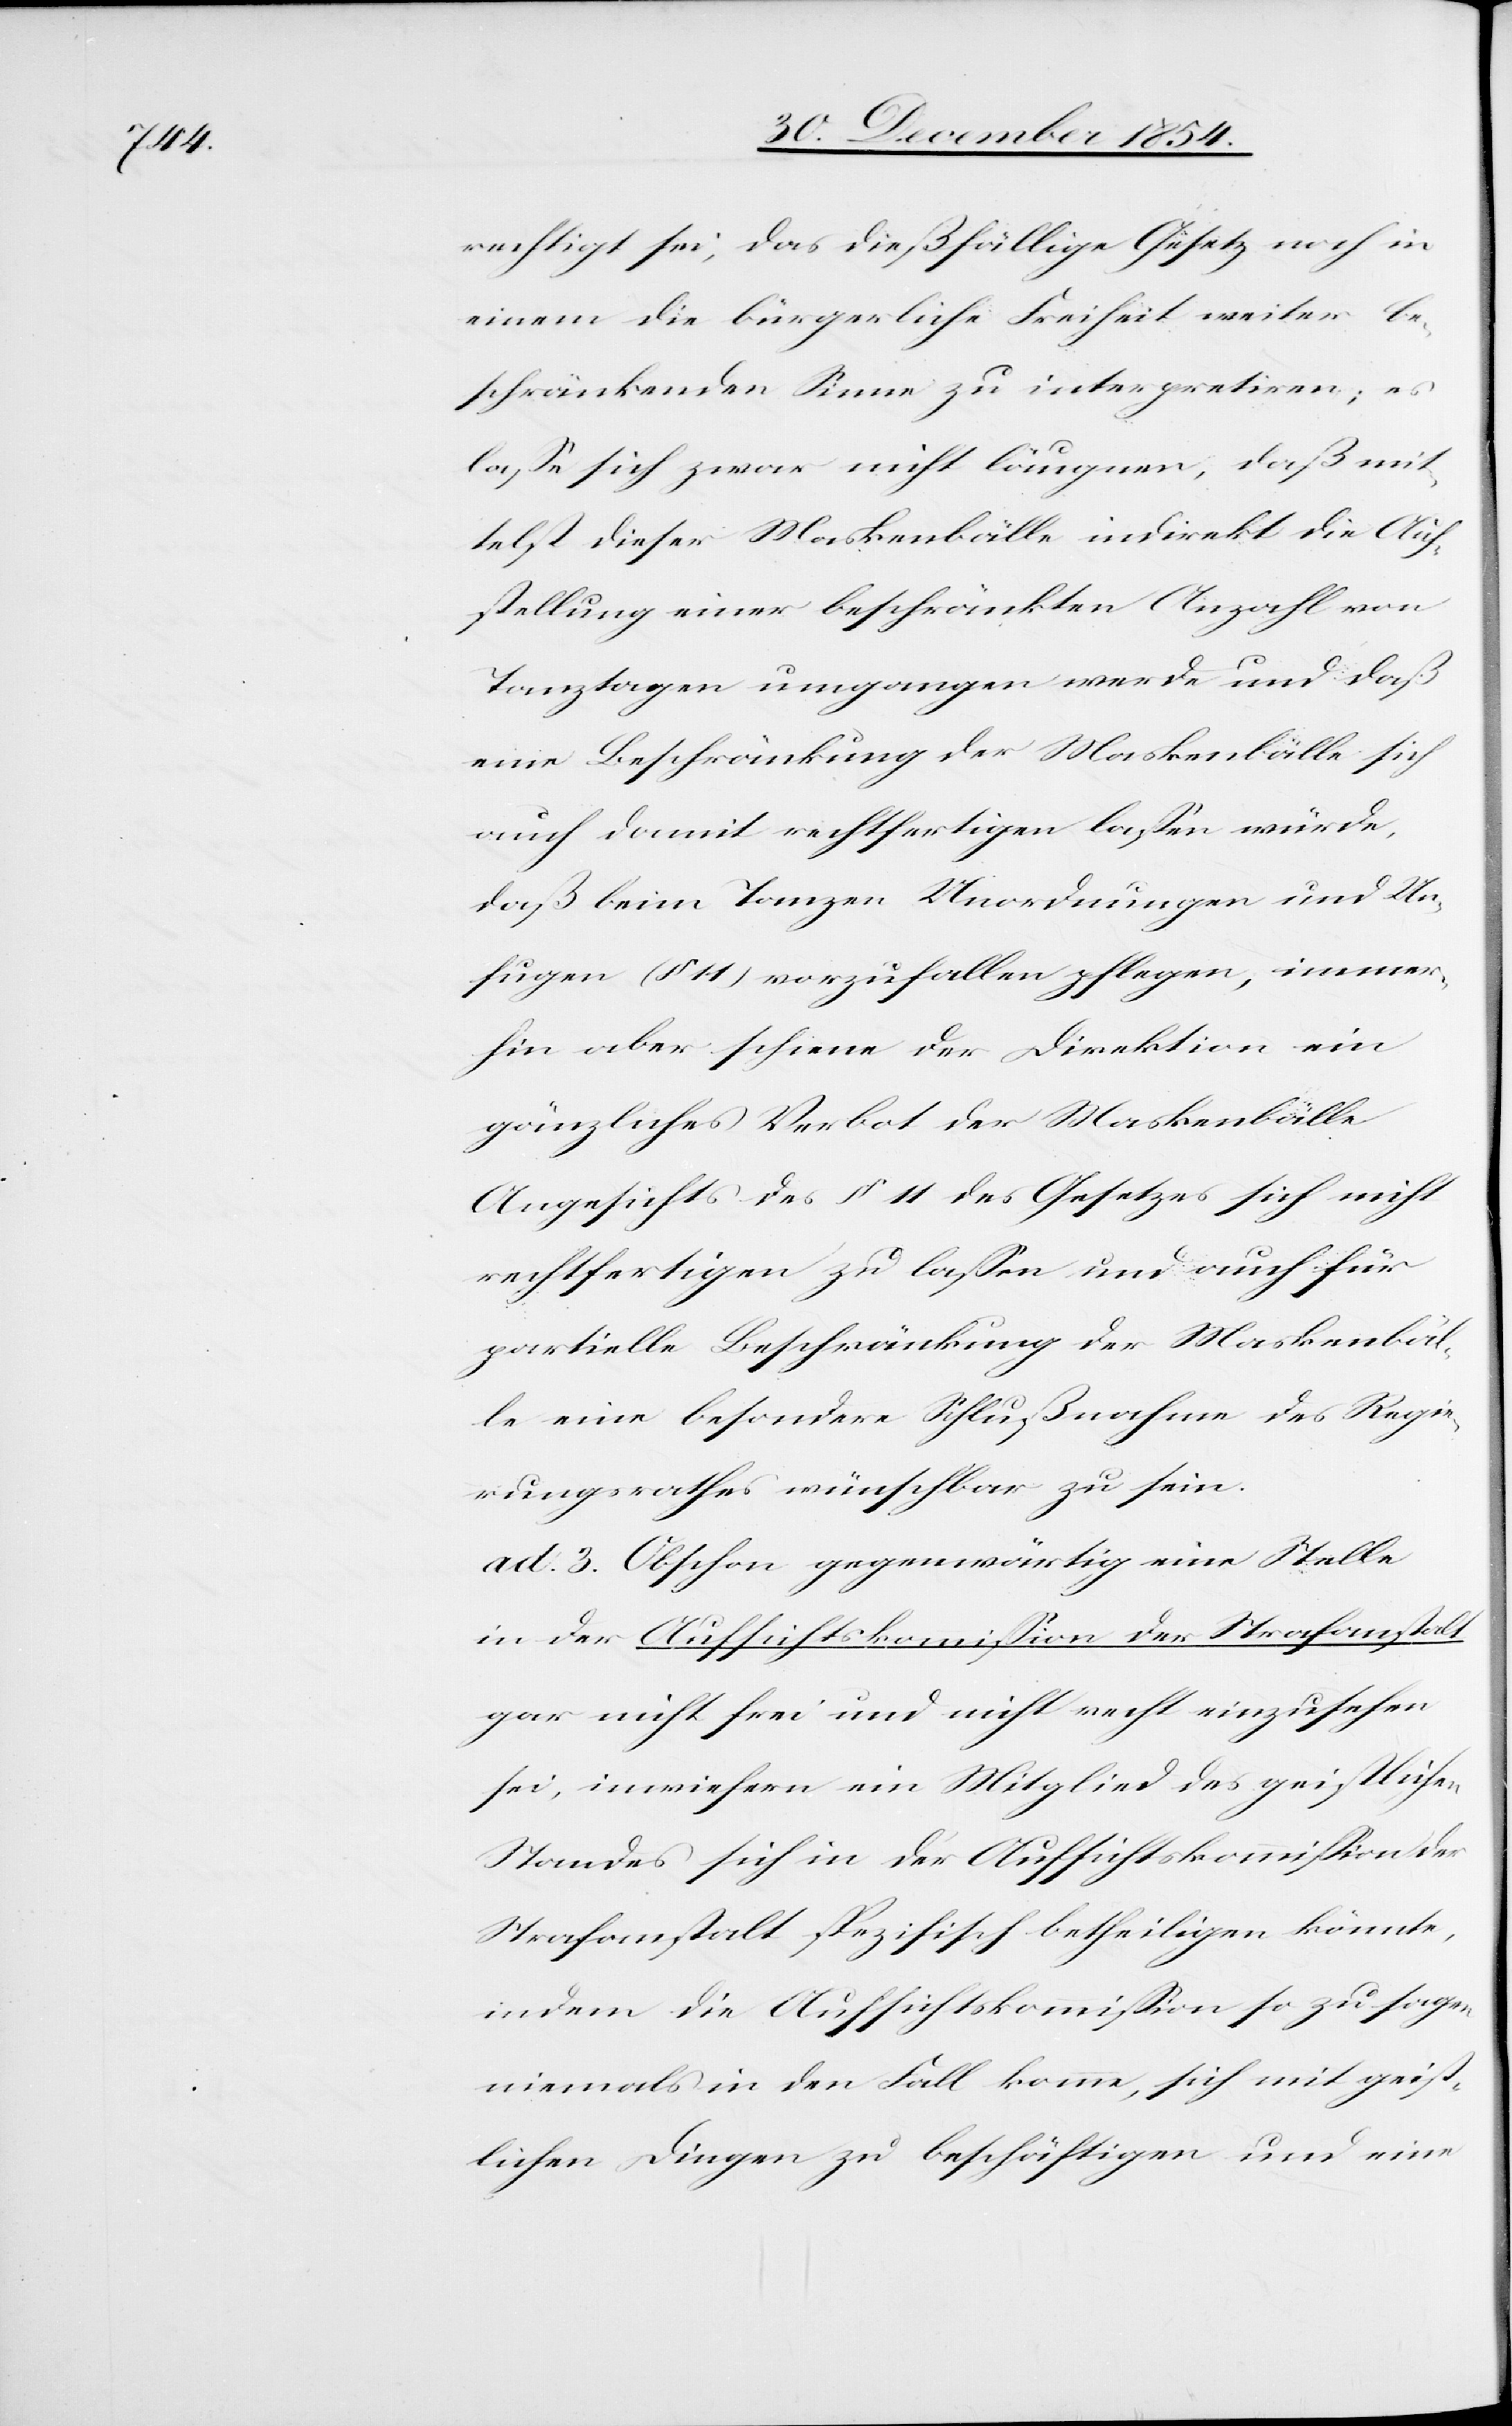
rechtigt sei, das dießfällige Gesetz noch in
einem die bürgerliche Freiheit weiter be¬
schränkenden Sinne zu interpretiren; es
laße sich zwar nicht läugnen, daß mit¬
telst dieser Maskenbälle indirekt die Auf¬
stellung einer beschränkten Anzahl von
Tanztagen umgangen werde und daß
eine Beschränkung der Maskenbälle sich
auch damit rechtfertigen laßen würde,
daß beim Tanzen Unordnung und Un¬
fugen (§ 11) vorzufallen pflegen, immer¬
hin aber schiene der Direktion ein
gänzliches Verbot der Maskenbälle
Angesichts des § 11 des Gesetzes sich nicht
rechtfertigen zu laßen und auch für
partielle Beschränkung der Maskenbäl¬
le eine besondere Schlußnahme des Regie¬
rungsrathes wünschbar zu sein.
ad. 3. Obschon gegenwärtig eine Stelle
in der Aufsichtskommißion der Strafanstalt
gar nicht frei und nicht recht einzusehen
sei, inwiefern ein Mitglied des geistlichen
Standes sich in der Aufsichtskommißion der
Strafanstalt spezifisch betheiligen könnte,
indem die Aufsichtskomißion so zu sagen
niemals in den Fall komme, sich mit geist¬
lichen Dingen zu beschäftigen und eine